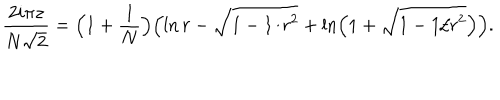
LaTeX: { \frac { 2 i \pi z } { N \sqrt { 2 } } } = \Bigl ( 1 + { \frac { 1 } { N } } \Bigr ) \Bigl ( \ln r - \sqrt { 1 - 1 / r ^ { 2 } } + \ln \left( 1 + \sqrt { 1 - 1 / r ^ { 2 } } \right) \Bigr ) .